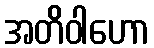
အတိဝါဟော